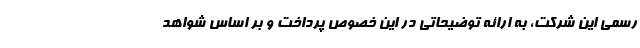
رسمی این شرکت، به ارائه توضیحاتی در این خصوص پرداخت و بر اساس شواهد